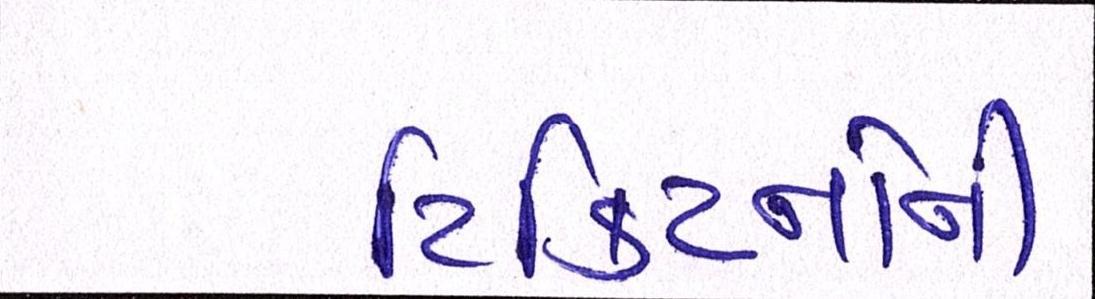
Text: ટિકિટનોની